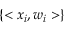
\{ < x _ { i } , w _ { i } > \}